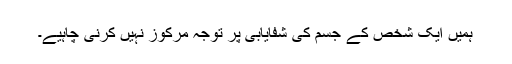
ہمیں ایک شخص کے جسم کی شفایابی پر توجہ مرکوز نہیں کرنی چاہیے۔